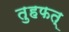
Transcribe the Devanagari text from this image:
तुहफत्